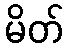
မိတ်